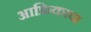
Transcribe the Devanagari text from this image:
आफ्रिकाचा